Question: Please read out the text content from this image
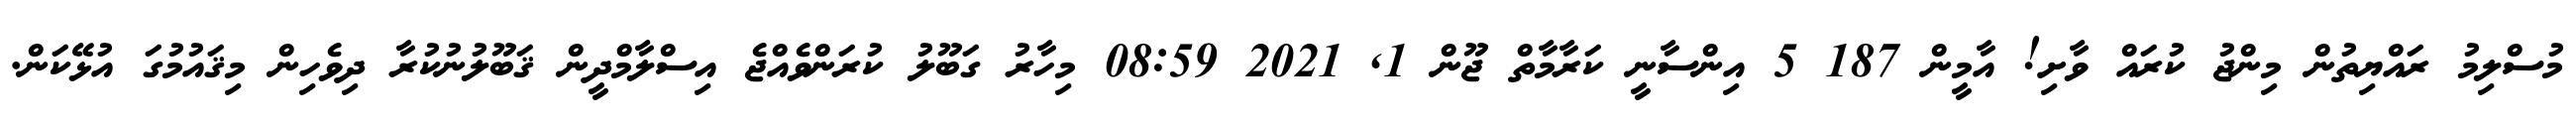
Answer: މުސްލިމު ރައްޔިތުން މިންޖު ކުރައް ވާށި! އާމީން 187 5 އިންސާނީ ކަރާމާތް ޖޫން 1, 2021 08:59 މިހާރު ގަބޫލު ކުރަންވެއްޖެ އިސްލާމްދީން ޤަބޫލުނުކުރާ ދިވެހިން މިޤައުމުގަ އުޅޭކަން.